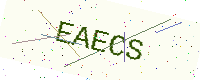
Text: EAECS